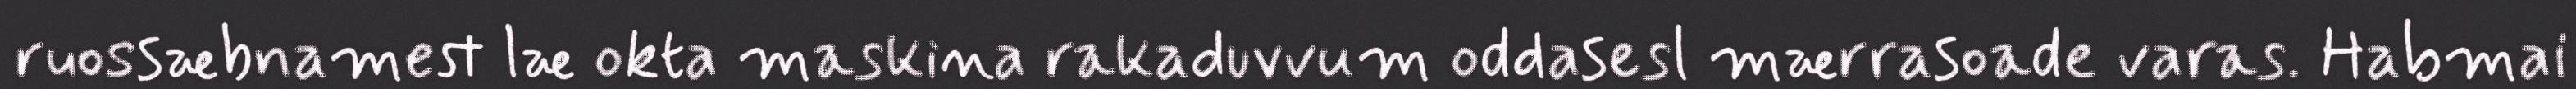
ruossæbnamest læ okta maskina rakaduvvum oddasesl mærrasoade varas. Habmai